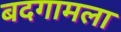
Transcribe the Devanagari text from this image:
बदगामला